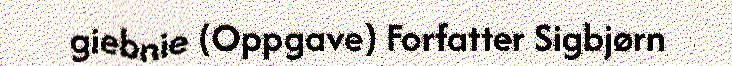
giebnie (Oppgave) Forfatter Sigbjørn